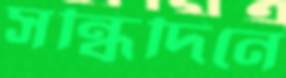
সন্ধিদিনে